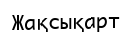
Жақсықарт